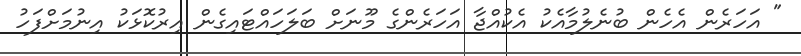
" އަހަރެން އެހެން ބުނެލުމާއެކު އެކުއްޖާ އަހަރެންގެ މޫނަށް ބަލަހައްޓައިގެން އިރުކޮޅަކު އިނުމަށްފަހު